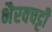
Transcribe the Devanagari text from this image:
भैरवचट्टी